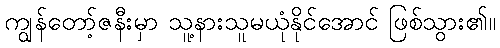
ကျွန်တော့်ဇနီးမှာ သူ့နားသူမယုံနိုင်အောင် ဖြစ်သွား၏။